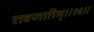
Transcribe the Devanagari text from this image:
रावणारिम्‌॥२६॥